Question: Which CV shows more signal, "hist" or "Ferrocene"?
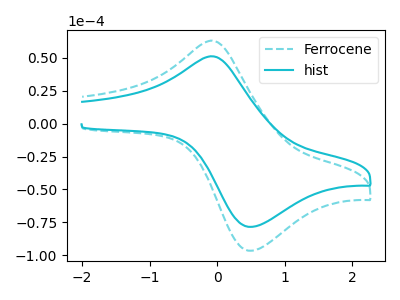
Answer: <think>The cyan dashed curve "Ferrocene" has an anodic peak at (-0.10V, 63.15uA) and a cathodic peak at (0.50V, -96.55uA). The cyan curve "hist" has an anodic peak at (-0.10V, 51.25uA) and a cathodic peak at (0.50V, -78.40uA).
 All the peaks in "hist" have a peak in "Ferrocene" at the same potential. Every peak in "hist" is lower than every peak in "Ferrocene".</think>
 <answer>"hist" has less signal than "Ferrocene".</answer>
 <eval>less_signal</eval>